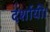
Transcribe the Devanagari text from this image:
दर्शायी।